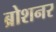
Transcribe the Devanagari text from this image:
ब्रोशनर